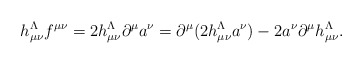
\begin{align*}h_{\mu\nu}^\Lambda f{}^{\mu\nu} = 2 h_{\mu\nu}^\Lambda \partial^\mu a^\nu= \partial^\mu (2h_{\mu\nu}^\Lambda a^\nu) - 2 a^\nu \partial^\mu h_{\mu\nu}^\Lambda .\end{align*}